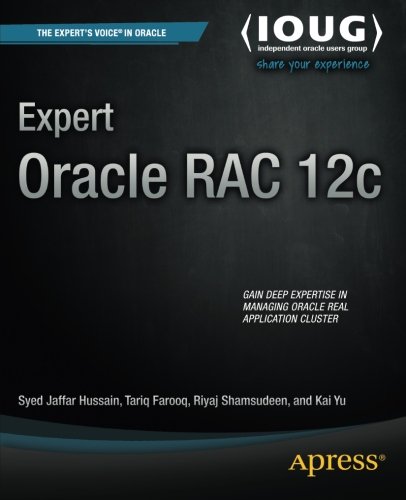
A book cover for Expert Oracle RAC 12c (The Expert's Voice); Syed Jaffar Hussain; Computers & Technology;